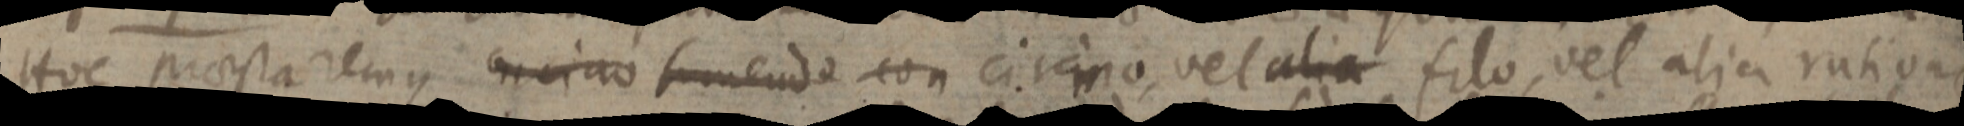
Hoc praesta remus _ sumendo con circino vel alia filo, vel alia ratione